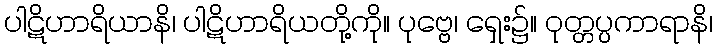
ပါဋိဟာရိယာနိ၊ ပါဋိဟာရိယတို့ကို။ ပုဗ္ဗေ၊ ရှေး၌။ ဝုတ္တပ္ပကာရာနိ၊